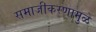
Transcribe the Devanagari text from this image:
समाजीकरणामुळे